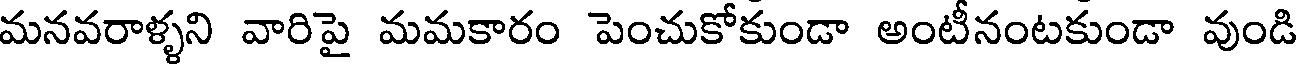
మనవరాళ్ళని వారిపై మమకారం పెంచుకోకుండా అంటీనంటకుండా వుండి